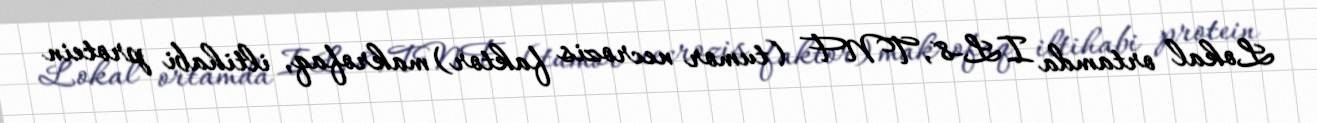
Lokal ortamda IL-8, TNF (tumor necrozis faktor) makrofaq, iltihabi protein